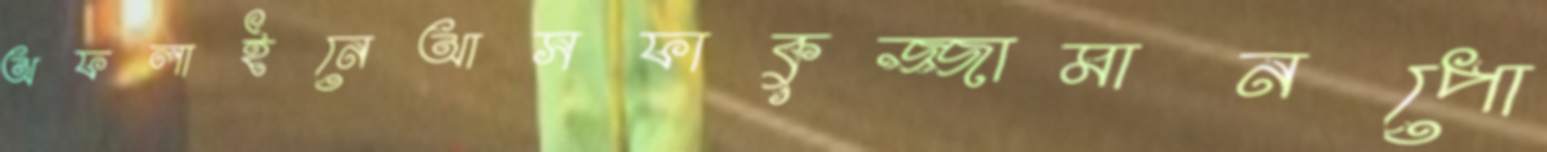
অফলাইনেআসফাকুজ্জামানপো